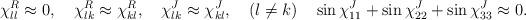
LaTeX: \begin{align*}\chi^{R}_{ll}\approx 0,\quad\chi^{R}_{lk}\approx \chi^{R}_{kl}, \quad \chi^{J}_{lk}\approx \chi^{J}_{kl}, \quad (l \neq k)\quad\sin\chi^{J}_{11}+\sin\chi^{J}_{22}+\sin\chi^{J}_{33}\approx 0.\end{align*}